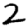
Digit: 2